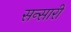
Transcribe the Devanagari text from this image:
सन्सारी